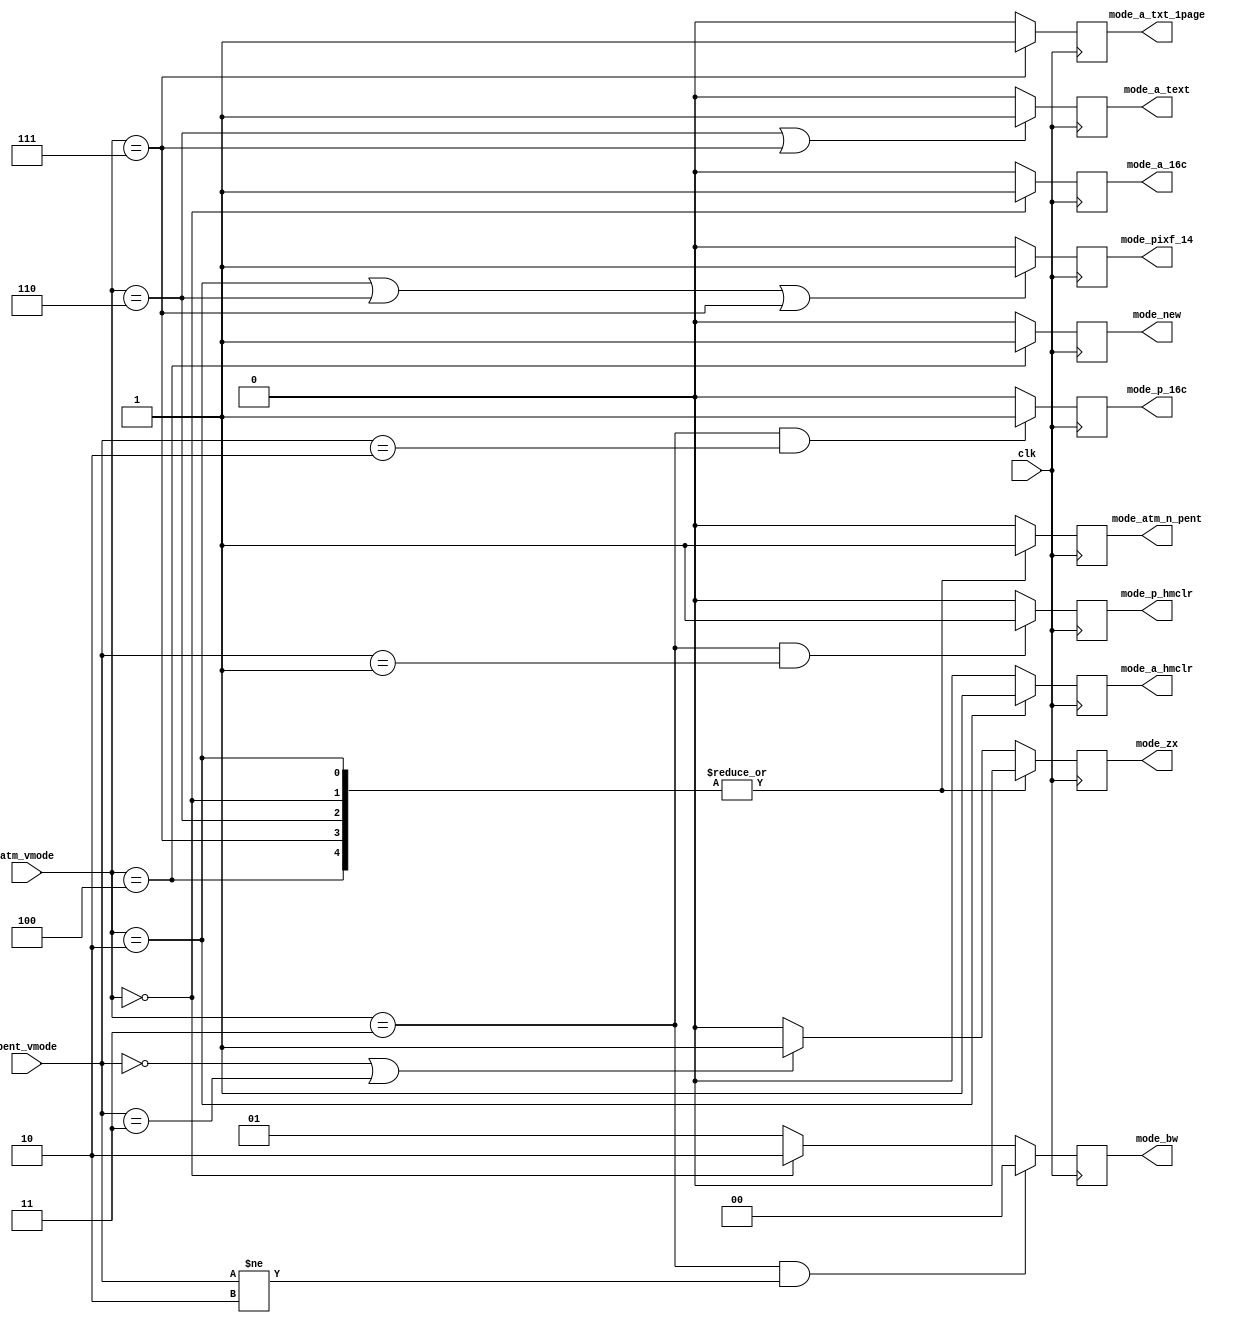
module video_modedecode(

	input  wire        clk,

	input  wire [ 1:0] pent_vmode, // inputs as set by Z80 environment
	input  wire [ 2:0] atm_vmode,  //


	output reg         mode_atm_n_pent, // =1 - atm modes, =0 - pentagon modes (mainly for border and visible area changing)


	output reg         mode_zx, // standard ZX mode

	output reg         mode_p_16c,   // pentagon 16 colors
	output reg         mode_p_hmclr, // pentagon hardware multicolor


	output reg         mode_a_hmclr, // 640x200 atm hardware multicolor
	output reg         mode_a_16c,   // 320x200 atm 16 colors
	output reg         mode_a_text,  // 640x200 (80x25 symbols) atm text mode
	output reg         mode_a_txt_1page, // atm text mode in a single page (modifier for mode_a_text)


	output reg         mode_new, // new mode with line descriptors and palette autoload


	output reg         mode_pixf_14, // =1: 14MHz pixelclock on (default is 7MHz).


	output reg  [ 1:0] mode_bw // required bandwidth: 2'b00 - 1/8, 2'b01 - 1/4,
	                           //                     2'b10 - 1/2, 2'b11 - 1
);

// values for pent_vmode and atm_vmode:

// pent:
// 2'b00 - standard ZX
// 2'b01 - hardware multicolor
// 2'b10 - pentagon 16 colors
// 2'b11 - not defined yet

// atm:
// 3'b011 - zx modes (pent_vmode is active)
// 3'b010 - 640x200 hardware multicolor
// 3'b000 - 320x200 16 colors
// 3'b110 - 80x25 text mode
// 3'b111 - 80x25 text mode (single page)

// new mode (atm encoding):
// 3'b100 - new mode with line descriptors and palette autoload




	always @(posedge clk)
	begin
		case( atm_vmode )
			3'b010:  mode_atm_n_pent <= 1'b1;
			3'b000:  mode_atm_n_pent <= 1'b1;
			3'b110:  mode_atm_n_pent <= 1'b1;
			3'b111:  mode_atm_n_pent <= 1'b1;

			3'b100:  mode_atm_n_pent <= 1'b1;

			3'b011:  mode_atm_n_pent <= 1'b0;
			default: mode_atm_n_pent <= 1'b0;
		endcase


		case( atm_vmode )
			3'b010: mode_zx <= 1'b0;
			3'b000: mode_zx <= 1'b0;
			3'b110: mode_zx <= 1'b0;
			3'b111: mode_zx <= 1'b0;

			3'b100: mode_zx <= 1'b0;

			default: begin
				if( (pent_vmode==2'b00) || (pent_vmode==2'b11) )
					mode_zx <= 1'b1;
				else
					mode_zx <= 1'b0;
			end
		endcase



		if( (atm_vmode==3'b011) && (pent_vmode==2'b10) )
			mode_p_16c <= 1'b1;
		else
			mode_p_16c <= 1'b0;


		if( (atm_vmode==3'b011) && (pent_vmode==2'b01) )
			mode_p_hmclr <= 1'b1;
		else
			mode_p_hmclr <= 1'b0;


		if( atm_vmode==3'b010 )
			mode_a_hmclr <= 1'b1;
		else
			mode_a_hmclr <= 1'b0;


		if( atm_vmode==3'b000 )
			mode_a_16c <= 1'b1;
		else
			mode_a_16c <= 1'b0;


		if( (atm_vmode==3'b110) || (atm_vmode==3'b111) )
			mode_a_text <= 1'b1;
		else
			mode_a_text <= 1'b0;

		if( atm_vmode==3'b111 )
			mode_a_txt_1page <= 1'b1;
		else
			mode_a_txt_1page <= 1'b0;



		if( (atm_vmode==3'b010) || (atm_vmode==3'b110) || (atm_vmode==3'b111) )
			mode_pixf_14 <= 1'b1;
		else
			mode_pixf_14 <= 1'b0;



		if( (atm_vmode==3'b011) && (pent_vmode!=2'b10) )
			mode_bw <= 2'b00; // 1/8
		else if( atm_vmode==2'b100 )
			mode_bw = 2'b10; // 1/2
		else
			mode_bw <= 2'b01; // 1/4



		if( atm_vmode==3'b100 )
			mode_new <= 1'b1;
		else
			mode_new <= 1'b0;

	end

endmodule